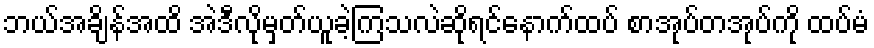
ဘယ်အချိန်အထိ အဲဒီလိုမှတ်ယူခဲ့ကြသလဲဆိုရင်နောက်ထပ် စာအုပ်တအုပ်ကို ထပ်မံ